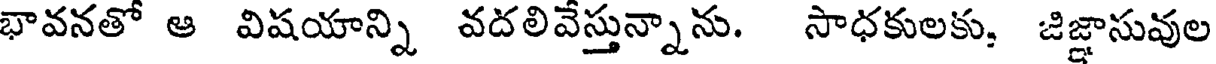
భావనతో ఆ విషయాన్ని వదలివేస్తున్నాను. సాధకులకు, జిజ్ఞాసువుల